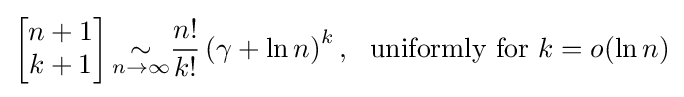
\left[{\begin{matrix}n+1\\k+1\end{matrix}}\right]{\underset {n\to \infty }{\sim }}{\frac {n!}{k!}}\left(\gamma +\ln n\right)^{k},\ {\text{ uniformly for }}k=o(\ln n)